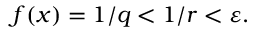
f ( x ) = 1 / q < 1 / r < \varepsilon .